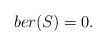
LaTeX: \begin{align*}ber(S)=0.\end{align*}